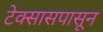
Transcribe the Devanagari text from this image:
टेक्सासपासून